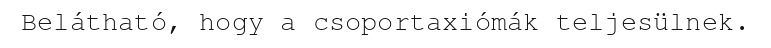
Belátható, hogy a csoportaxiómák teljesülnek.